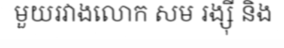
មួយរវាងលោក សម រង្ស៊ី និង